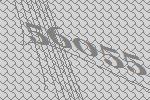
56055